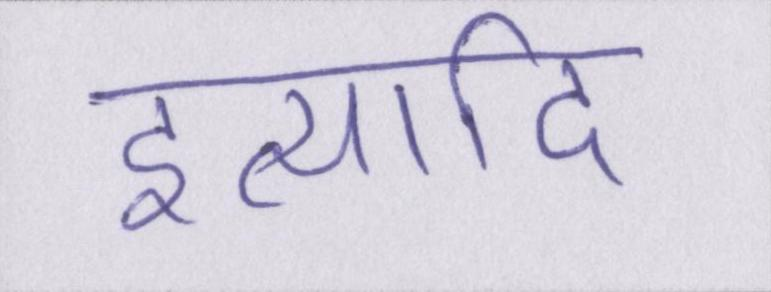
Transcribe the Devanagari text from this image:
इत्यादि